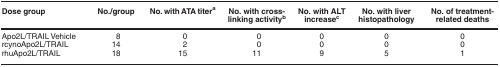
| Dose group | No./group | No. with ATA titera | No. with crosslinking activityb | No. with ALT increasec | No. with liver histopathology | No. of treatment-related deaths |
 | --- | --- | --- | --- | --- | --- | --- |
 | Apo2L/TRAIL Vehicle | 8 | 0 | 0 | 0 | 0 | 0 |
 | rcynoApo2L/TRAIL | 14 | 2 | 0 | 0 | 0 | 0 |
 | rhuApo2L/TRAIL | 18 | 15 | 11 | 9 | 5 | 1 |